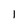
Character: l